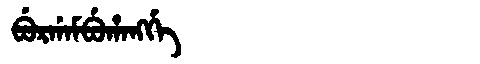
Manchu: ᠪᡠᡵᡤᠠᠮᠪᡠᡥᠠᠩᡤᡝ
Romanization: BURGAMBUHANGGE